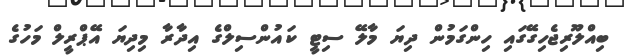
ބިއްލޫރިޖެހިގޭގައި ހިންގަމުން ދިޔަ މާލޭ ސިޓީ ކައުންސިލްގެ އިދާރާ މިދިޔަ އޭޕްރީލް މަހުގެ